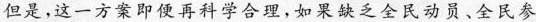
但是，这一方案即使再科学合理，如无缺乏全民动员、全民参